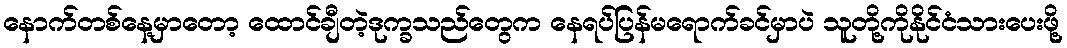
နောက်တစ်နေ့မှာတော့ ထောင်ချီတဲ့ဒုက္ခသည်တွေက နေရပ်ပြန်မရောက်ခင်မှာပဲ သူတို့ကိုနိုင်ငံသားပေးဖို့